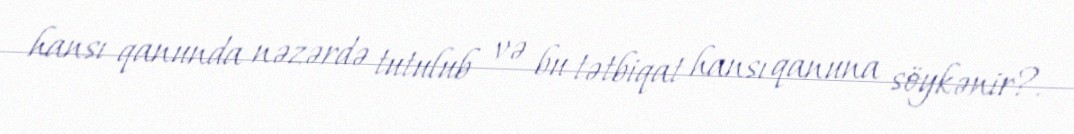
hansı qanunda nəzərdə tutulub və bu tətbiqat hansı qanuna söykənir?.